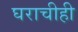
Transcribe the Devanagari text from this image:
घराचीही